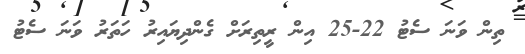
ތިން ވަނަ ސެޓު 22-25 އިން ރީތިރަށް ގެންދިޔައިރު ހަތަރު ވަނަ ސެޓު